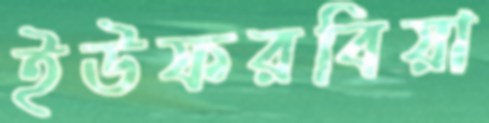
ইউফরবিয়া